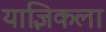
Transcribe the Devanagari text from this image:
याज्ञिकला